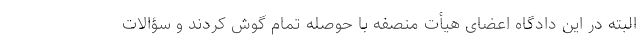
البته در این دادگاه اعضای هیأت منصفه با حوصله تمام گوش کردند و سؤالات